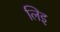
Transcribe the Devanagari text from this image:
लिइ